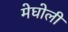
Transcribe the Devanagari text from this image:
मेघोली